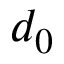
d _ { 0 }